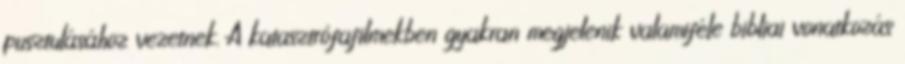
pusztulásához vezetnek. A katasztrófafilmekben gyakran megjelenik valamiféle bibliai vonatkozás